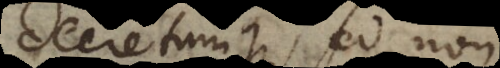
decretumque, sed non